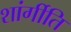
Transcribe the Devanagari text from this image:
शांर्गीति